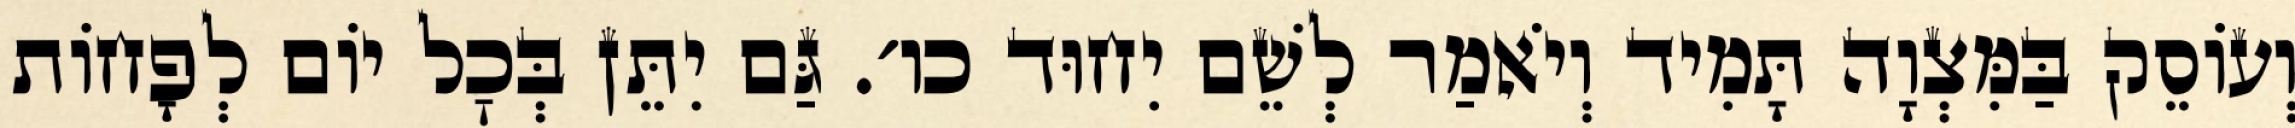
וְעוֹסֵק בַּמִּצְוָה תָּמִיד וְיֹאמַר לְשֵׁם יִחוּד כו׳. גַּם יִתֵּן בְּכׇל יוֹם לְפָחוֹת